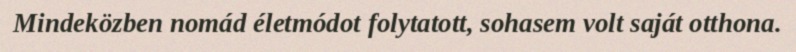
Mindeközben nomád életmódot folytatott, sohasem volt saját otthona.